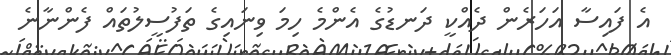
އެ ފައިސާ އަހަރެން ދެއްކީ ދަނޑުގެ އެންމެ ހިމަ ވިނައިގެ ތަފުސީލުތައް ފެންނާނެ